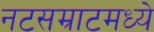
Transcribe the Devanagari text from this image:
नटसम्राटमध्ये